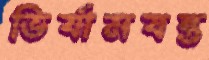
ভির্যামযন্ত